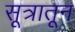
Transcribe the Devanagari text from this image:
सूत्रातून